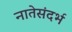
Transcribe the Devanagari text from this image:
नातेसंदर्भ